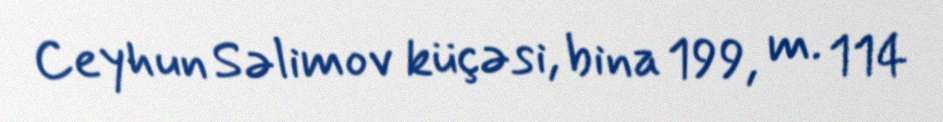
Ceyhun Səlimov küçəsi, bina 199, m. 114